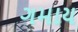
ગમાય